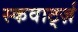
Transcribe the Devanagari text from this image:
स्कवार्ट्ज़